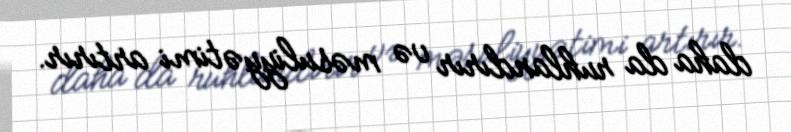
daha da ruhlandırır və məsuliyyətimi artırır.